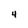
Character: 4